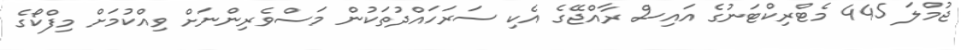
ޖުމްލަ 445 މެޓްރިކްޓަނުގެ އައިސް ރާއްޖޭގެ އެކި ސަރަހައްދުތަކުން މަސްވެރިންނަށް ވިއްކުމަށް މިފްކޯގެ